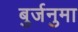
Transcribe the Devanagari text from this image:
बुर्जनुमा